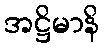
အဋ္ဌိမာနိ